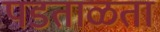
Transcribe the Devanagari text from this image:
पडताळता